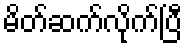
မိတ်ဆက်လိုက်ပြီ